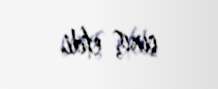
çıxış etdi.